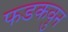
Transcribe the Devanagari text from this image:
फडकवुन